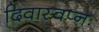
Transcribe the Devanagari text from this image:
दिवास्वप्नः